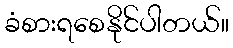
ခံစားရစေနိုင်ပါတယ်။